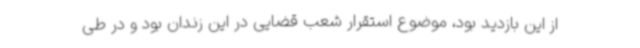
از این بازدید بود، موضوع استقرار شعب قضایی در این زندان بود و در طی